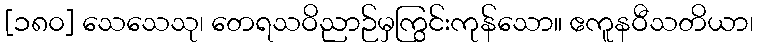
[၁၈၀] သေသေသု၊ တေရသဝိညာဉ်မှကြွင်းကုန်သော။ ဧကူနဝီသတိယာ၊